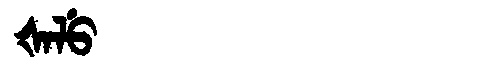
Manchu: ᡧᠠᠯᡠ
Romanization: ŠALU